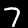
Digit: 7